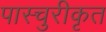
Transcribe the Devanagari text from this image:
पास्चुरीकृत